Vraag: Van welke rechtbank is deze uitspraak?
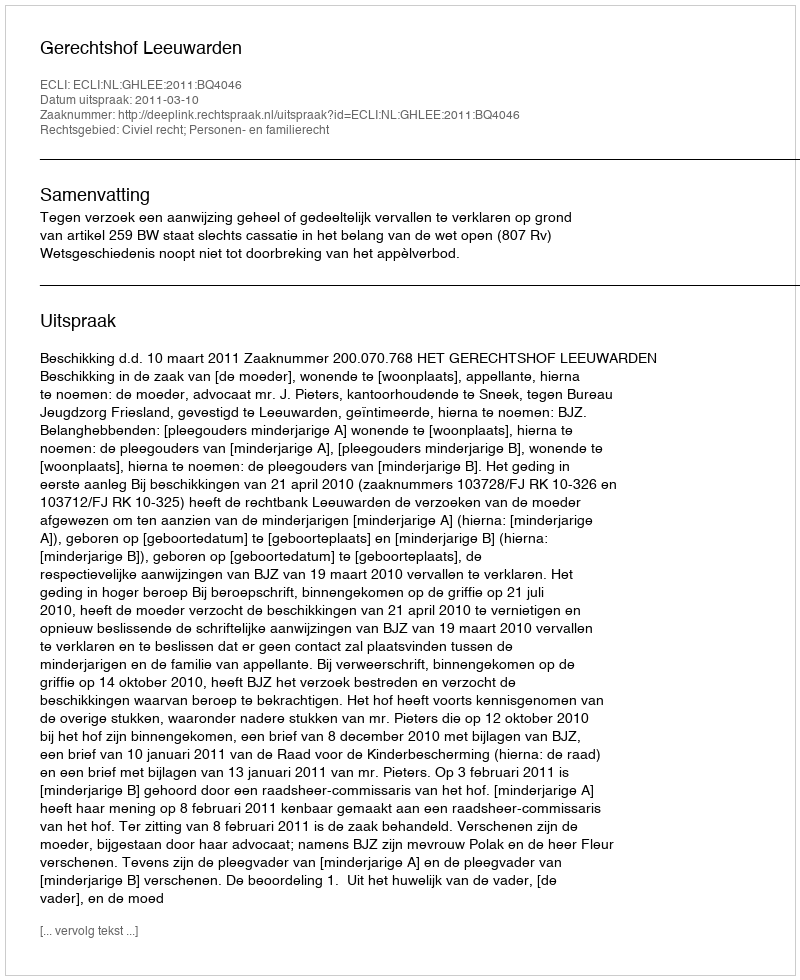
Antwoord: Gerechtshof Leeuwarden